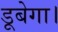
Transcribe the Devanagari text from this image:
डूबेगा।